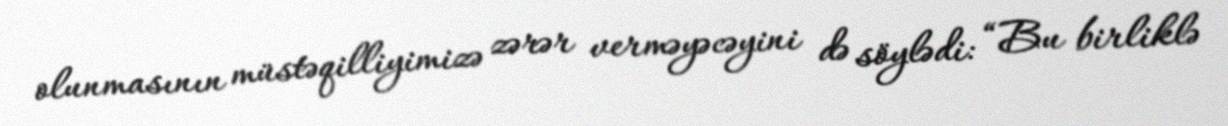
olunmasının müstəqilliyimizə zərər verməyəcəyini də söylədi: “Bu birliklə